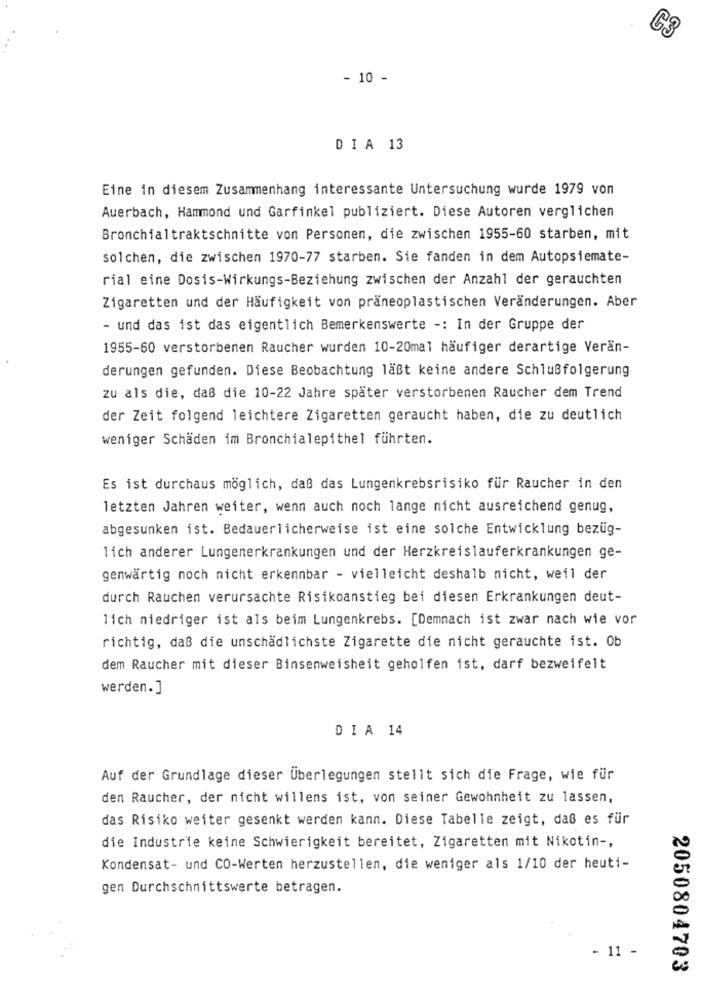
C3
- 10 -
DIA 13
Eine in diesem Zusammenhang interessante Untersuchung wurde 1979 von
Auerbach, Hammond und Garfinkel publiziert. Diese Autoren verglichen
Bronchialtraktschnitte von Personen, die zwischen 1955-60 starben, mit
solchen, die zwischen 1970-77 starben. Sie fanden in dem Autopsiemate-
rial eine Dosis-Wirkungs-Beziehung zwischen der Anzahl der gerauchten
Zigaretten und der Häufigkeit von präneoplastischen Veränderungen. Aber
- und das ist das eigentlich Bemerkenswerte -: In der Gruppe der
1955-60 verstorbenen Raucher wurden 10-20mal häufiger derartige Verän-
derungen gefunden. Diese Beobachtung läßt keine andere Schlußfolgerung
zu als die, daß die 10-22 Jahre später verstorbenen Raucher dem Trend
der Zeit folgend leichtere Zigaretten geraucht haben, die zu deutlich
weniger Schäden im Bronchialepithel führten.
Es ist durchaus möglich, daß das Lungenkrebsrisiko für Raucher in den
letzten Jahren weiter, wenn auch noch lange nicht ausreichend genug,
abgesunken ist. Bedauerlicherweise ist eine solche Entwicklung bezüg-
lich anderer Lungenerkrankungen und der Herzkreislauferkrankungen ge-
genwärtig noch nicht erkennbar - vielleicht deshalb nicht, weil der
durch Rauchen verursachte Risikoanstieg bei diesen Erkrankungen deut-
lich niedriger ist als beim Lungenkrebs. [Demnach ist zwar nach wie vor
richtig, daß die unschädlichste Zigarette die nicht gerauchte ist. Ob
dem Raucher mit dieser Binsenweisheit geholfen ist, darf bezweifelt
werden.]
DIA 14
Auf der Grundlage dieser Überlegungen stellt sich die Frage, wie für
den Raucher, der nicht willens ist, von seiner Gewohnheit zu lassen,
das Risiko weiter gesenkt werden kann. Diese Tabelle zeigt, daß es für
die Industrie keine Schwierigkeit bereitet, Zigaretten mit Nikotin -,
Kondensat- und CO-Werten herzustellen, die weniger als 1/10 der heuti-
gen Durchschnittswerte betragen.
- 11 -
2050804703